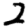
Digit: 3